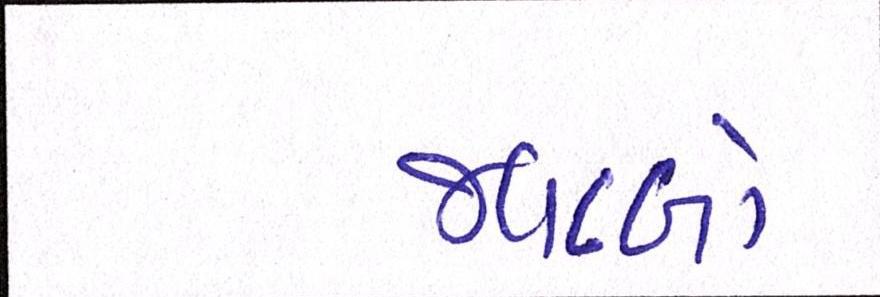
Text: જવાબો